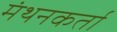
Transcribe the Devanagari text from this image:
मंथनकर्ता